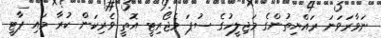
ނަވާރަވަނަ ރައްޔިތުންގެ މަޖިލީހުގެ ސުޕަ މެޖޯރިޓީ އޮތީ ވެރިކަން ކުރާ މައި ޕާޓީ